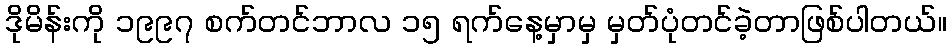
ဒိုမိန်းကို ၁၉၉၇ စက်တင်ဘာလ ၁၅ ရက်နေ့မှာမှ မှတ်ပုံတင်ခဲ့တာဖြစ်ပါတယ်။